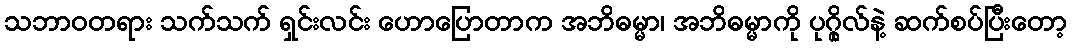
သဘာဝတရား သက်သက် ရှင်းလင်း ဟောပြောတာက အဘိဓမ္မာ၊ အဘိဓမ္မာကို ပုဂ္ဂိုလ်နဲ့ ဆက်စပ်ပြီးတော့